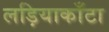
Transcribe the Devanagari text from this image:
लड़ियाकाँटा